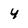
Character: 4